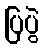
ပြပွဲ